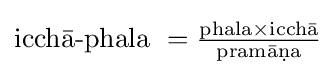
{\text{icchā-phala }}={\tfrac {{\text{phala}}\times {\text{icchā}}}{\text{pramāṇa}}}